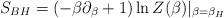
LaTeX: \begin{align*}S_{BH} =(-\beta \partial_\beta +1) \ln Z(\beta) |_{\beta=\beta_H}\end{align*}